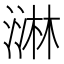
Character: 㵉